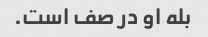
بله او در صف است.